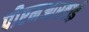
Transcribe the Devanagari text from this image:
पीएमआरवाई